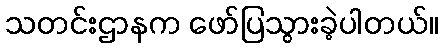
သတင်းဌာနက ဖော်ပြသွားခဲ့ပါတယ်။